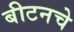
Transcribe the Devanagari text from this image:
बीटनचे